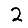
Digit: 2